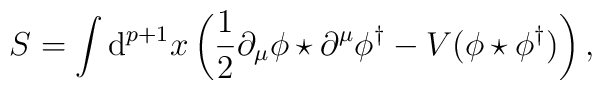
S=\int\mathrm{d}^{p+1}x\left(\frac{1}{2}\partial_\mu\phi\star\partial^\mu\phi^\dag- V(\phi\star\phi^\dag)\right),